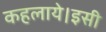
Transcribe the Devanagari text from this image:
कहलाये।इसी